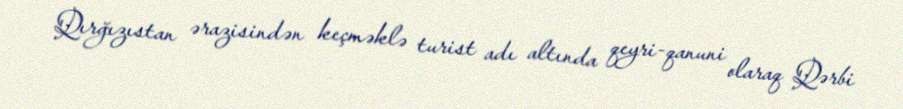
Qırğızıstan ərazisindən keçməklə turist adı altında qeyri-qanuni olaraq Qərbi